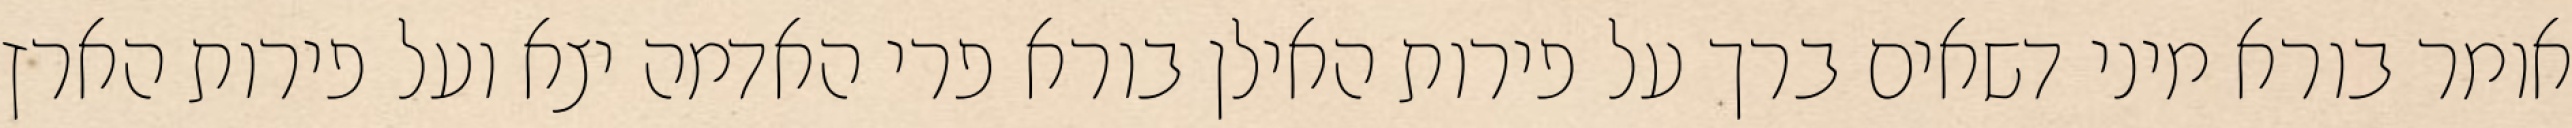
אומר בורא מיני דשאים ברך על פירות האילן בורא פרי האדמה יצא ועל פירות הארץ